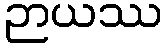
ဉာယဿ